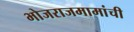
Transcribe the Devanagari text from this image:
भोजराजमामांची